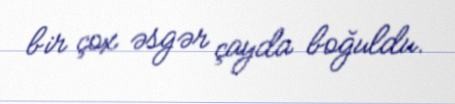
bir çox əsgər çayda boğuldu.